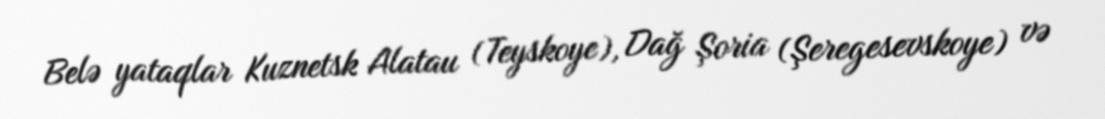
Belə yataqlar Kuznetsk Alatau (Teyskoye), Dağ Şoria (Şeregesevskoye) və